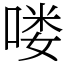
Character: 喽